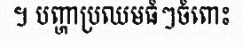
។ បញ្ហាប្រឈមធំៗចំពោះ